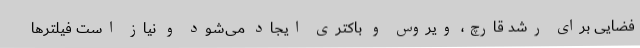
فضایی برای رشد قارچ، ویروس و باکتری ایجاد می‌شود و نیاز است فیلترها